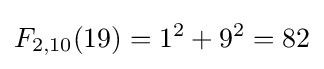
F_{2,10}(19)=1^{2}+9^{2}=82